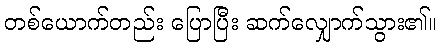
တစ်ယောက်တည်း ပြောပြီး ဆက်လျှောက်သွား၏။